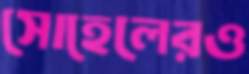
সোহেলেরও